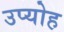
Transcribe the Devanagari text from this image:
उप्योह